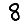
Digit: 8